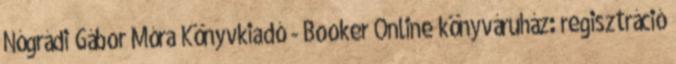
Nógrádi Gábor Móra Könyvkiadó - Booker Online könyváruház: regisztráció